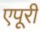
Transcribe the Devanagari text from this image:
एपूरी